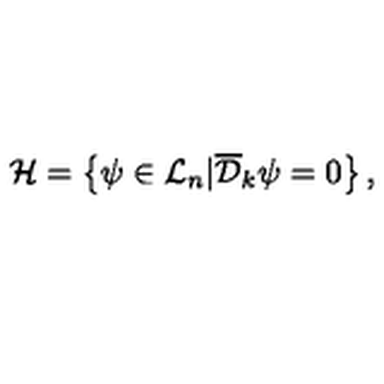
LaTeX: { \cal H } = \left\{ \psi \in { \cal L } _ { n } | { \overline { { \cal D } } } _ { k } \psi = 0 \right\} ,